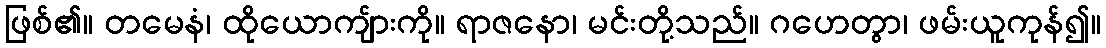
ဖြစ်၏။ တမေနံ၊ ထိုယောကျ်ားကို။ ရာဇနော၊ မင်းတို့သည်။ ဂဟေတွာ၊ ဖမ်းယူကုန်၍။